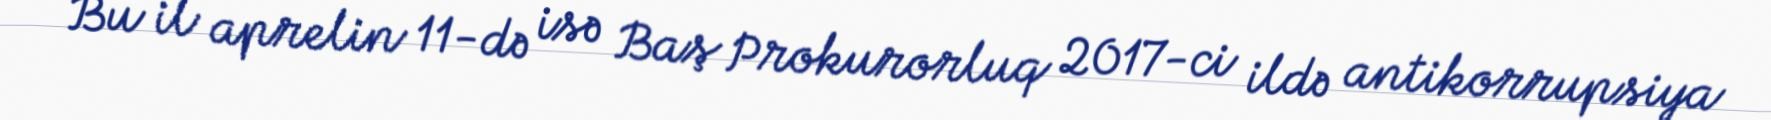
Bu il aprelin 11-də isə Baş Prokurorluq 2017-ci ildə antikorrupsiya